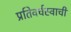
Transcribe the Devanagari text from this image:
प्रतिवर्चस्वाची